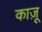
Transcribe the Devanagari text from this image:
काज़ू